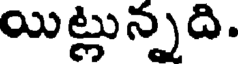
యిట్లున్నది.